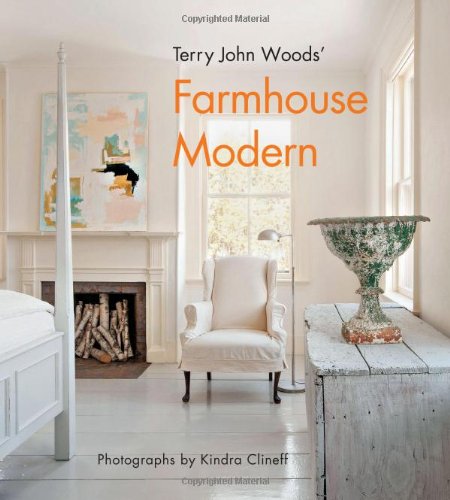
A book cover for Terry John Woods' Farmhouse Modern; Terry John Woods; Arts & Photography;